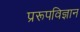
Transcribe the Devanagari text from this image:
प्ररूपविज्ञान